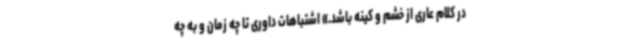
در کلام عاری از خشم و کینه باشد.» اشتباهات داوری تا چه زمان و به چه